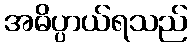
အဓိပ္ပာယ်ရသည်